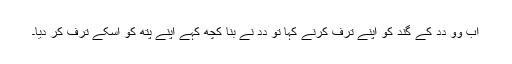
اَب وو دِدِ کے گند کو اَپنے ترف کرنے کہا تو دِدِ نے بِنا کُچھ کہے اَپنے پِتھ کو اُسکے ترف کر دِیا۔